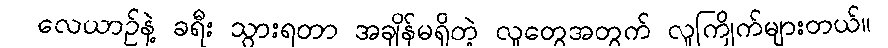
လေယာဉ်နဲ့ ခရီး သွားရတာ အချိန်မရှိတဲ့ လူတွေအတွက် လူကြိုက်များတယ်။